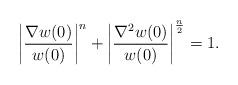
LaTeX: \begin{align*}\left\vert\frac{\nabla w(0)}{w(0)}\right\vert^n+\left\vert\frac{\nabla^2 w(0)}{w(0)}\right\vert^\frac{n}{2}=1.\end{align*}